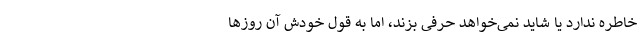
خاطره ندارد یا شاید نمی‌خواهد حرفی بزند، اما به قول خودش آن روزها